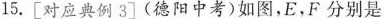
15.[对应典例3](德阳中考)如图，E，F分别是